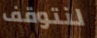
لنتوقف